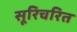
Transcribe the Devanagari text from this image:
सूरिचरित